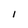
Character: I